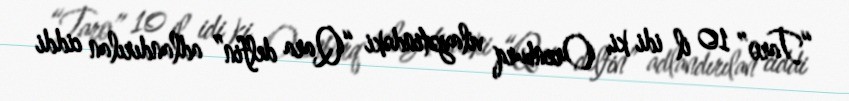
“Taro” 10 il idi ki, Orenburq vilayətindəki “Qara delfin” adlandırılan ciddi